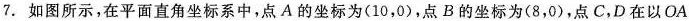
7. 如图所示，在平面直角坐标系中，点A的坐标为(10，0)，点B的坐标为(8，0)，点C，D在以OA